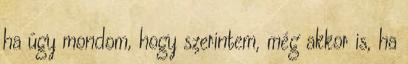
ha úgy mondom, hogy szerintem, még akkor is, ha